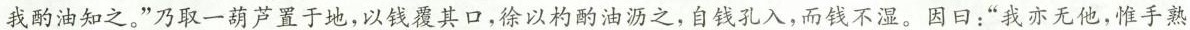
我酌油知之。”乃取一葫芦置于地，以钱覆其口，徐以杓酌油沥之，自钱孔入，而钱不湿。因曰：”我亦无他，惟手熟